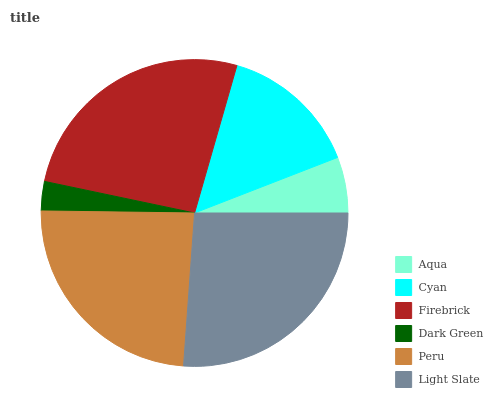
| Aqua | Cyan | Firebrick | Dark Green | Peru | Light Slate |
 | --- | --- | --- | --- | --- | --- |
 | 5.9% | 14.7% | 26.1% | 3.09% | 24.1% | 26.1% |